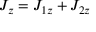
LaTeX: J _ { z } = J _ { 1 z } + J _ { 2 z } \,